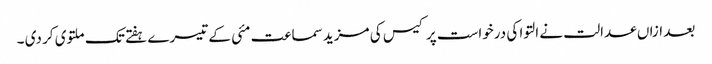
بعد ازاں عدالت نے التوا کی درخواست پر کیس کی مزید سماعت مئی کے تیسرے ہفتے تک ملتوی کر دی ۔